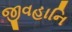
જીવહાનિ